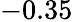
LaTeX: -0.35